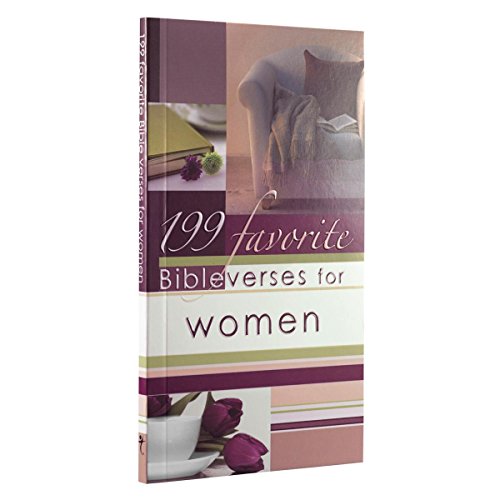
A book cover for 199 Favorite Bible Verses for Women; Christian Art Gifts; Christian Books & Bibles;